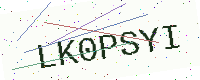
Text: LK0PSYI